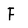
Character: F